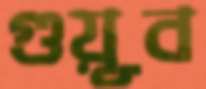
গুয়ূব